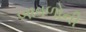
બાવળોની